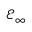
\mathcal { E } _ { \infty }